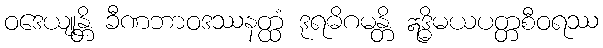
ဝဒေယျုန္တိ ခီဏဘာဝဒဿနတ္ထံ ဒုရဓိဂမန္တိ ဣဒ္ဓိမယပတ္တစီဝရဿ